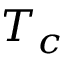
T _ { c }